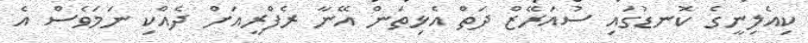
ކިއެލިނީގެ ކޮނޑުގައި ސުއަރޭޒް ދަތް އެޅިތަން އޭނާ ރެފްރީއަށް ދެއްކި ނަމަވެސް އެ